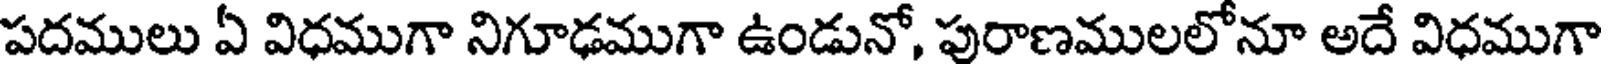
పదములు ఏ విధముగా నిగూఢముగా ఉండునో, పురాణములలోనూ అదే విధముగా